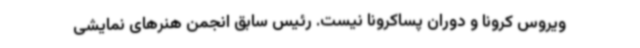
ویروس کرونا و دوران پساکرونا نیست. رئیس سابق انجمن هنرهای نمایشی